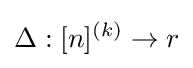
\Delta :[n]^{(k)}\to r